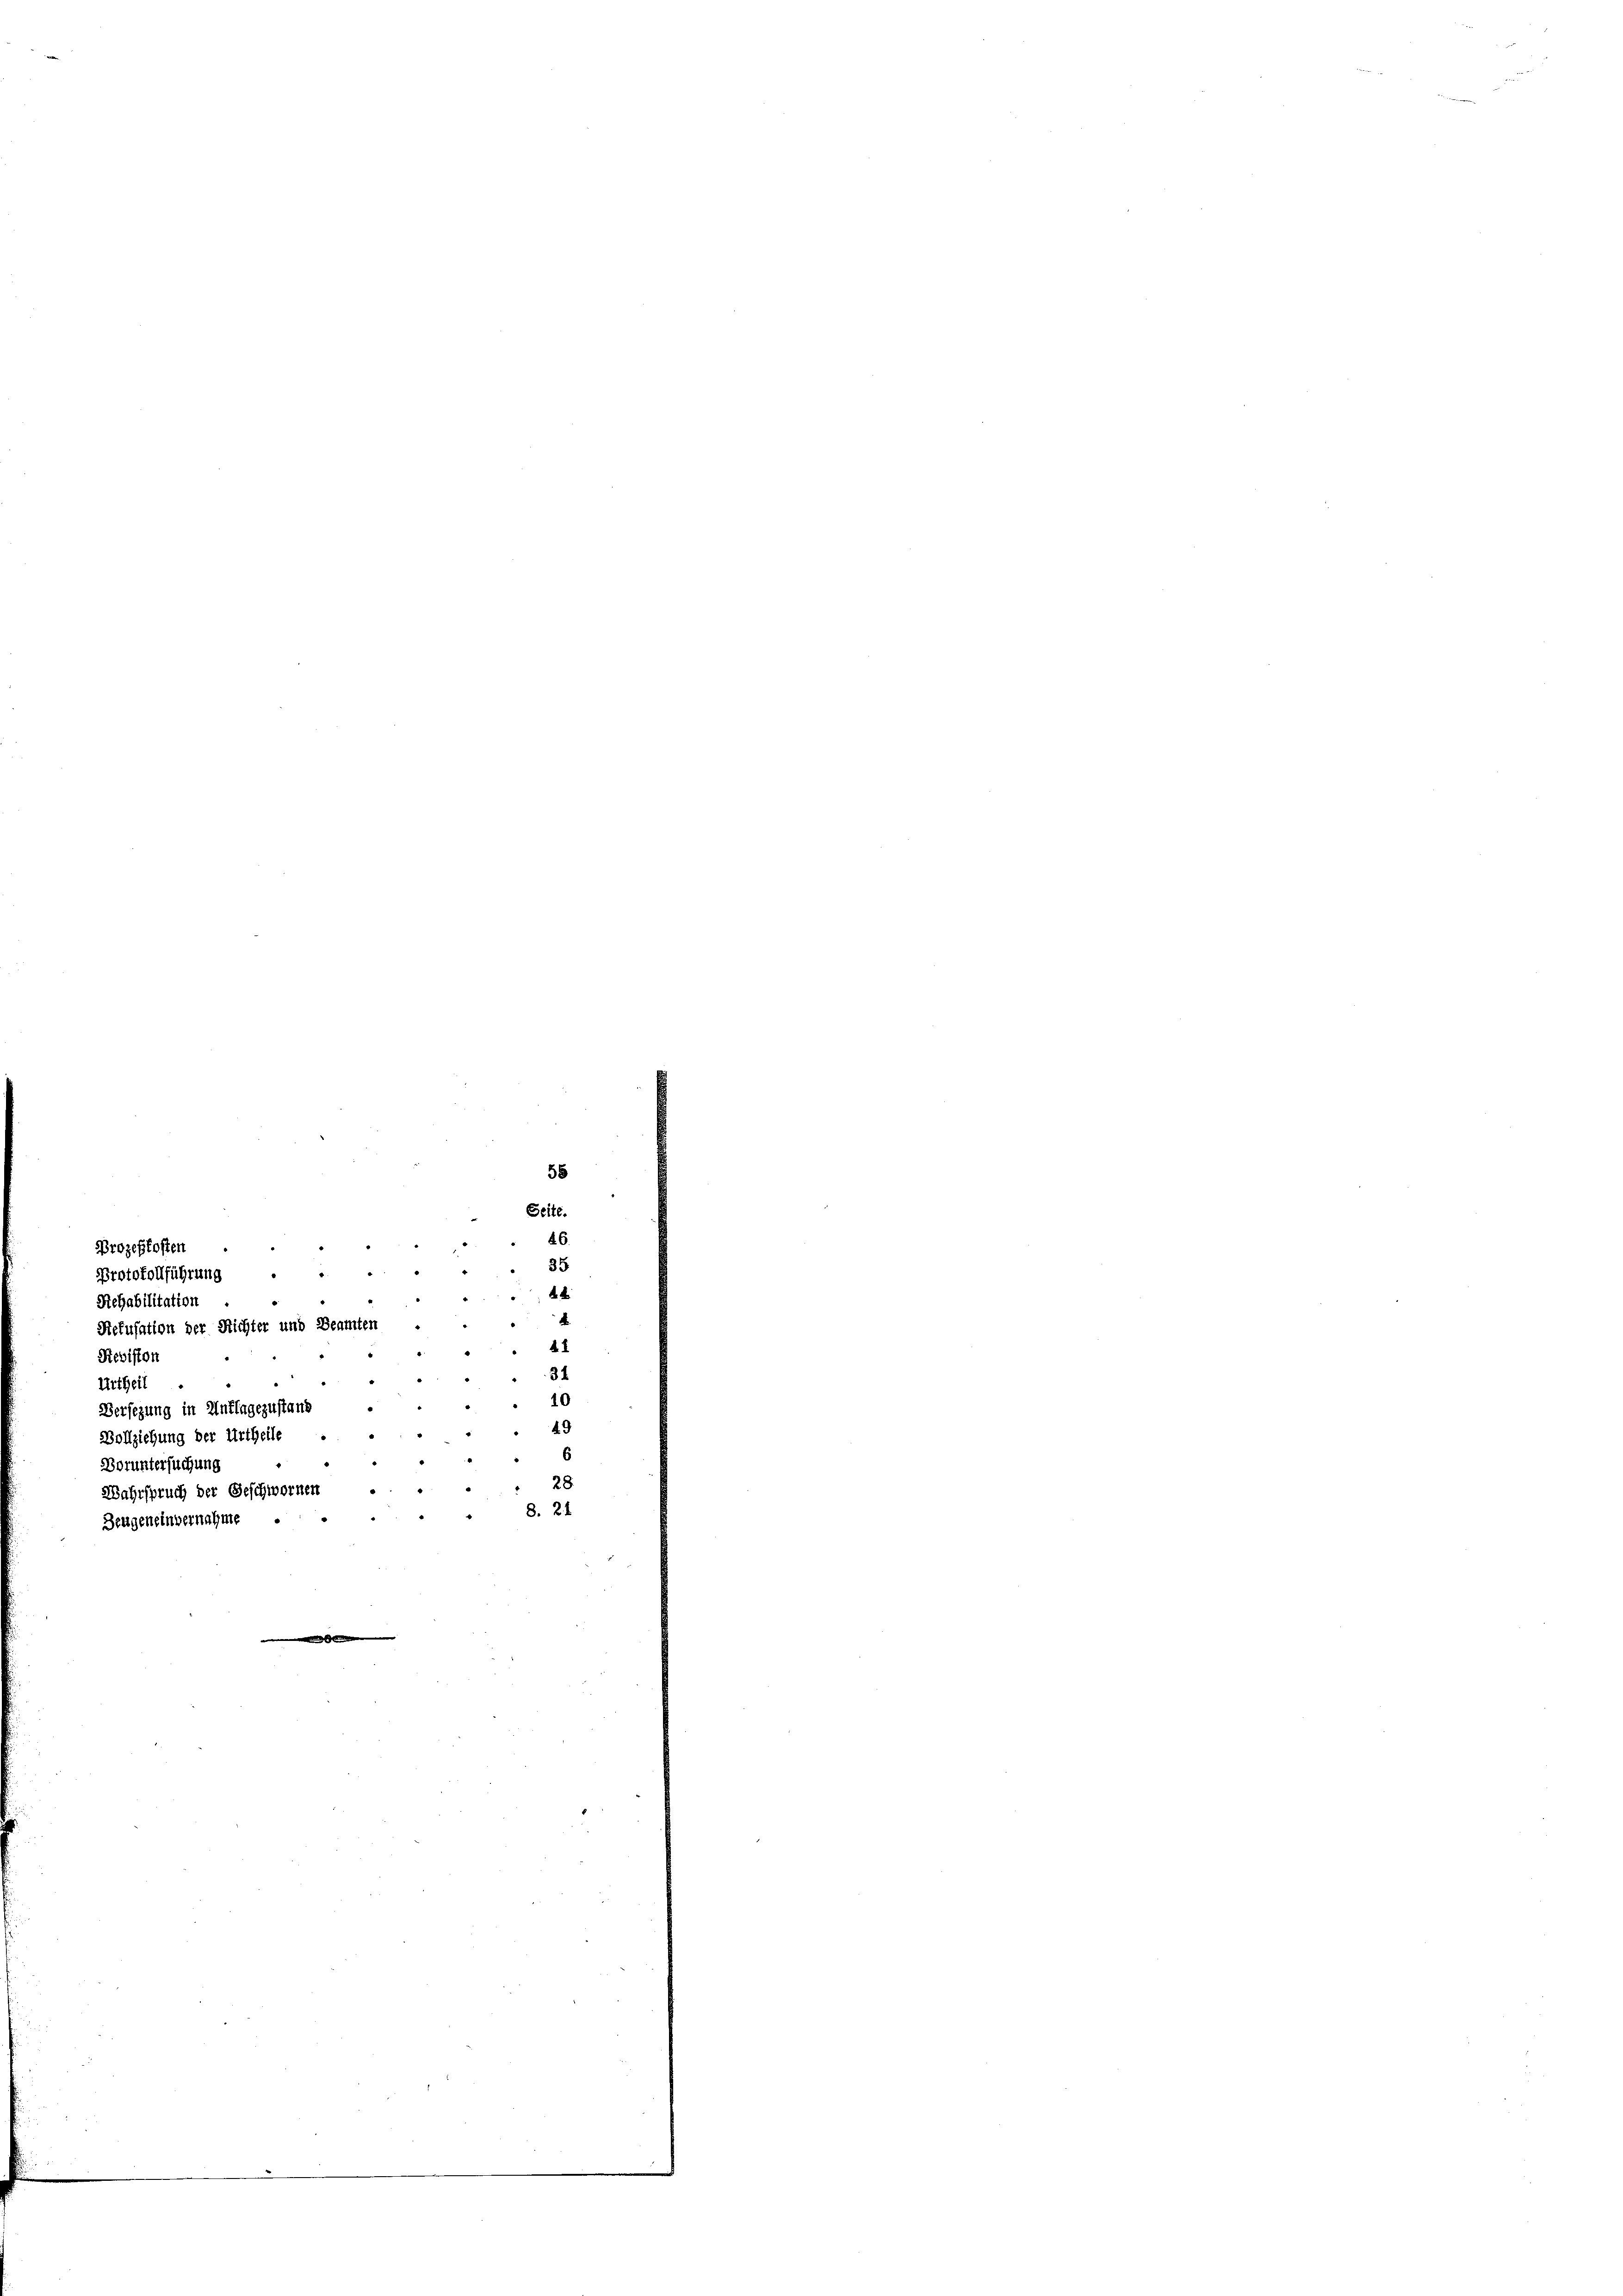
46.
Prozeßkosten
35
.
“
.
.
Protokollführung
e
4
Rehabilitation
d
Refusation der Richter und Beamten
41
Rebiston
.
31

Urtheil.
e
¬
10
2
e
Versezung in Unflagezustand
2
49
Vollziehung der Urtheile

6

Boruntersuchung
e
28
e
Wahrspruch der Geschwornen

2
8. 21
"
Beugeneinvernahme ..

55
Seite.